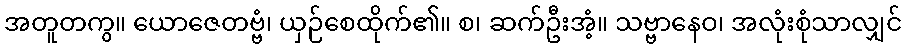
အတူတကွ။ ယောဇေတဗ္ဗံ၊ ယှဉ်စေထိုက်၏။ စ၊ ဆက်ဦးအံ့။ သဗ္ဗာနေဝ၊ အလုံးစုံသာလျှင်